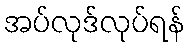
အပ်လုဒ်လုပ်ရန်